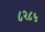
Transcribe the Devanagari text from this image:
८२८५